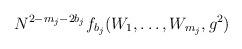
\begin{align*}N^{2-m_j-2b_j}f_{b_j}(W_1,\ldots,W_{m_j},g^2)\end{align*}